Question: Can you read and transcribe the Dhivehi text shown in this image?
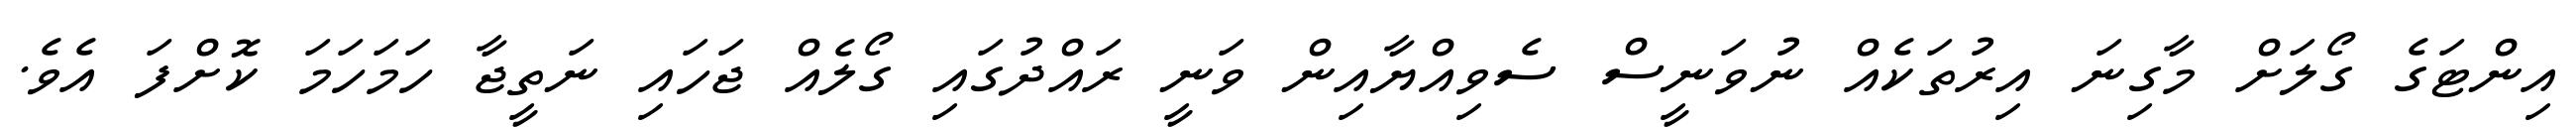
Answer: އިންޓަގެ ގޯލަށް މާގިނަ އިރުތަކެއް ނުވަނީސް ސެވިއްޔާއިން ވަނީ ރައްދުގައި ގޯލެއް ޖަހައި ނަތީޖާ ހަމަހަމަ ކޮށްފަ އެވެ.